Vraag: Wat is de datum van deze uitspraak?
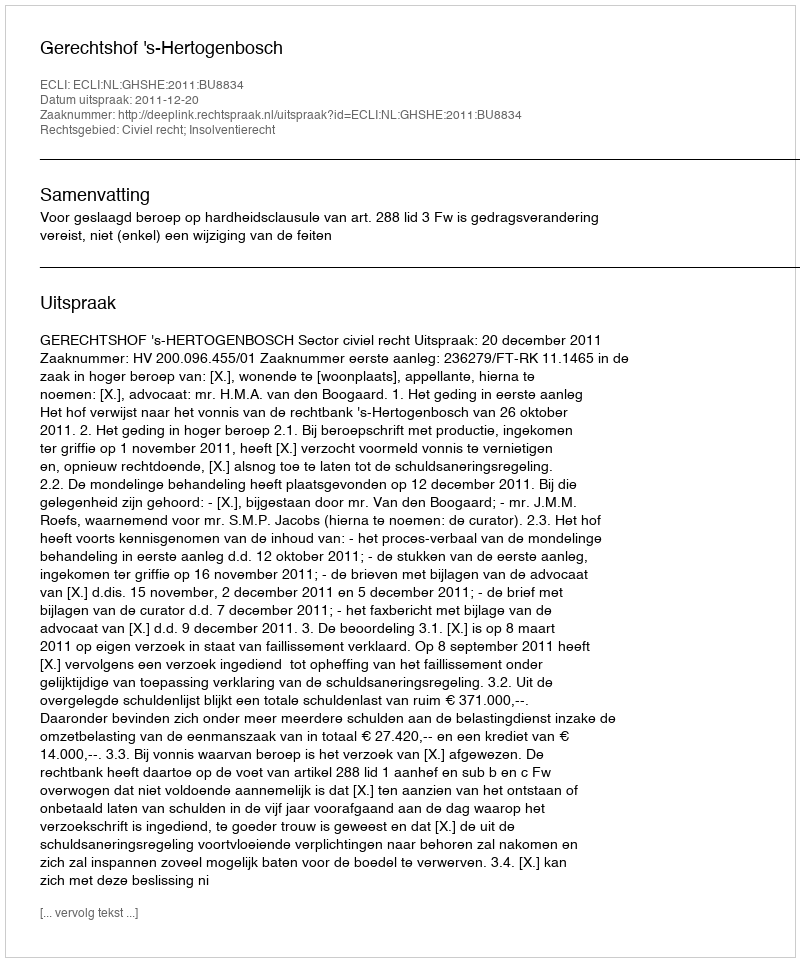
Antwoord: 2011-12-20